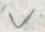
v